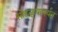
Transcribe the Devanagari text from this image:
सोहळ्यापर्यंत